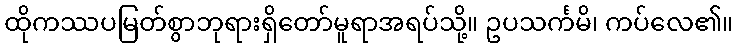
ထိုကဿပမြတ်စွာဘုရားရှိတော်မူရာအရပ်သို့။ ဥပသင်္ကမိ၊ ကပ်လေ၏။